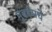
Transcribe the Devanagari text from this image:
मुंबईमधे